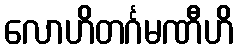
လောဟိတင်္ဂမဏီဟိ